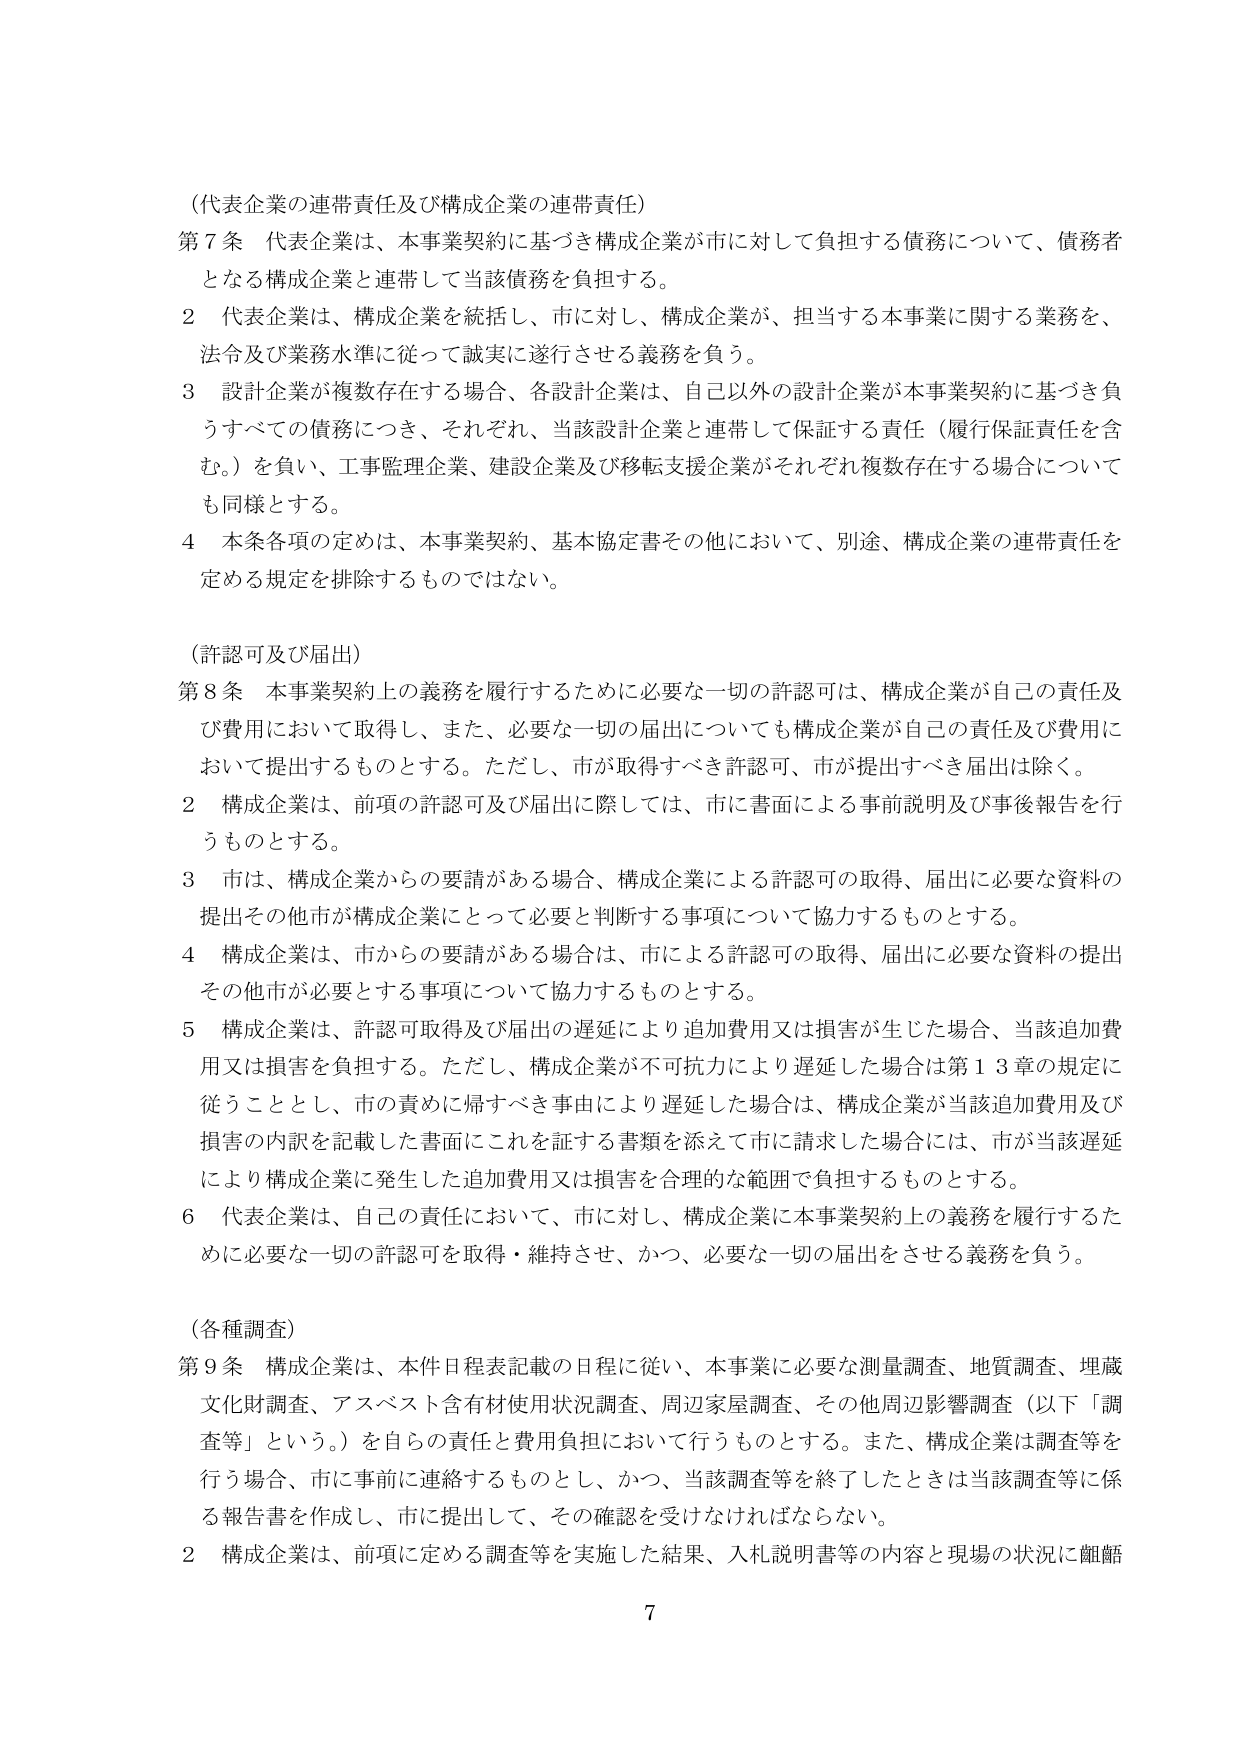
（代表企業の連帯責任及び構成企業の連帯責任）
第7条 代表企業は、本事業契約に基づき構成企業が市に対して負担する債務について、債務者となる構成企業と連帯して当該債務を負担する。
2 代表企業は、構成企業を統括し、市に対し、構成企業が、担当する本事業に関する業務を、法令及び業務水準に従って誠実に遂行させる義務を負う。
3 設計企業が複数存在する場合、各設計企業は、自己以外の設計企業が本事業契約に基づき負うすべての債務につき、それぞれ、当該設計企業と連帯して保証する責任（履行保証責任を含む。）を負い、工事監理企業、建設企業及び移転支援企業がそれぞれ複数存在する場合についても同様とする。
4 本条各項の定めは、本事業契約、基本協定書その他において、別途、構成企業の連帯責任を定める規定を排除するものではない。

（許認可及び届出）
第8条 本事業契約上の義務を履行するために必要な一切の許認可是、構成企業が自己の責任及び費用において取得し、また、必要な一切の届出についても構成企業が自己の責任及び費用において提出するものとする。ただし、市が取得すべき許認可、市が提出すべき届出は除く。
2 構成企業は、前項の許認可及び届出に際しては、市に書面による事前説明及び事後報告を行うものとする。
3 市は、構成企業からの要請がある場合、構成企業による許認可の取得、届出に必要な資料の提出その他市が構成企業にとって必要と判断する事項について協力するものとする。
4 構成企業は、市からの要請がある場合は、市による許認可の取得、届出に必要な資料の提出その他市が必要とする事項について協力するものとする。
5 構成企業は、許認可取得及び届出の遅延により追加費用又は損害が生じた場合、当該追加費用又は損害を負担する。ただし、構成企業が不可抗力により遅延した場合は第13章の規定に従うこととし、市の責めに帰すべき事由により遅延した場合は、構成企業が当該追加費用及び損害の内訳を記載した書面にこれを証する書類を添えて市に請求した場合には、市が当該遅延により構成企業に発生した追加費用又は損害を合理的な範囲で負担するものとする。
6 代表企業は、自己の責任において、市に対し、構成企業に本事業契約上の義務を履行するために必要な一切の許認可を取得・維持させ、かつ、必要な一切の届出をさせる義務を負う。

（各種調査）
第9条 構成企業は、本件日程表記載の日程に従い、本事業に必要な測量調査、地質調査、埋蔵文化財調査、アスベスト含有材使用状況調査、周辺家屋調査、その他周辺影響調査（以下「調査等」という。）を自らの責任と費用負担において行うものとする。また、構成企業は調査等を行う場合、市に事前に連絡するものとし、かつ、当該調査等を終了したときは当該調査等に係る報告書を作成し、市に提出して、その確認を受けなければならない。
2 構成企業は、前項に定める調査等を実施した結果、入札説明書等の内容と現場の状況に齟齬

7